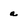
Character: a